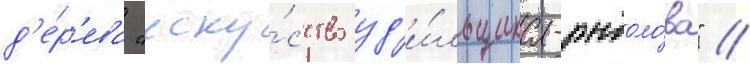
д'е́р'ева "иску́сство уд'и́льщика-рыболо́ва" //